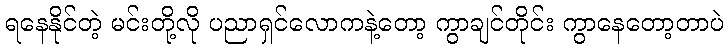
ရနေနိုင်တဲ့ မင်းတို့လို ပညာရှင်လောကနဲ့တော့ ကွာချင်တိုင်း ကွာနေတော့တာပဲ